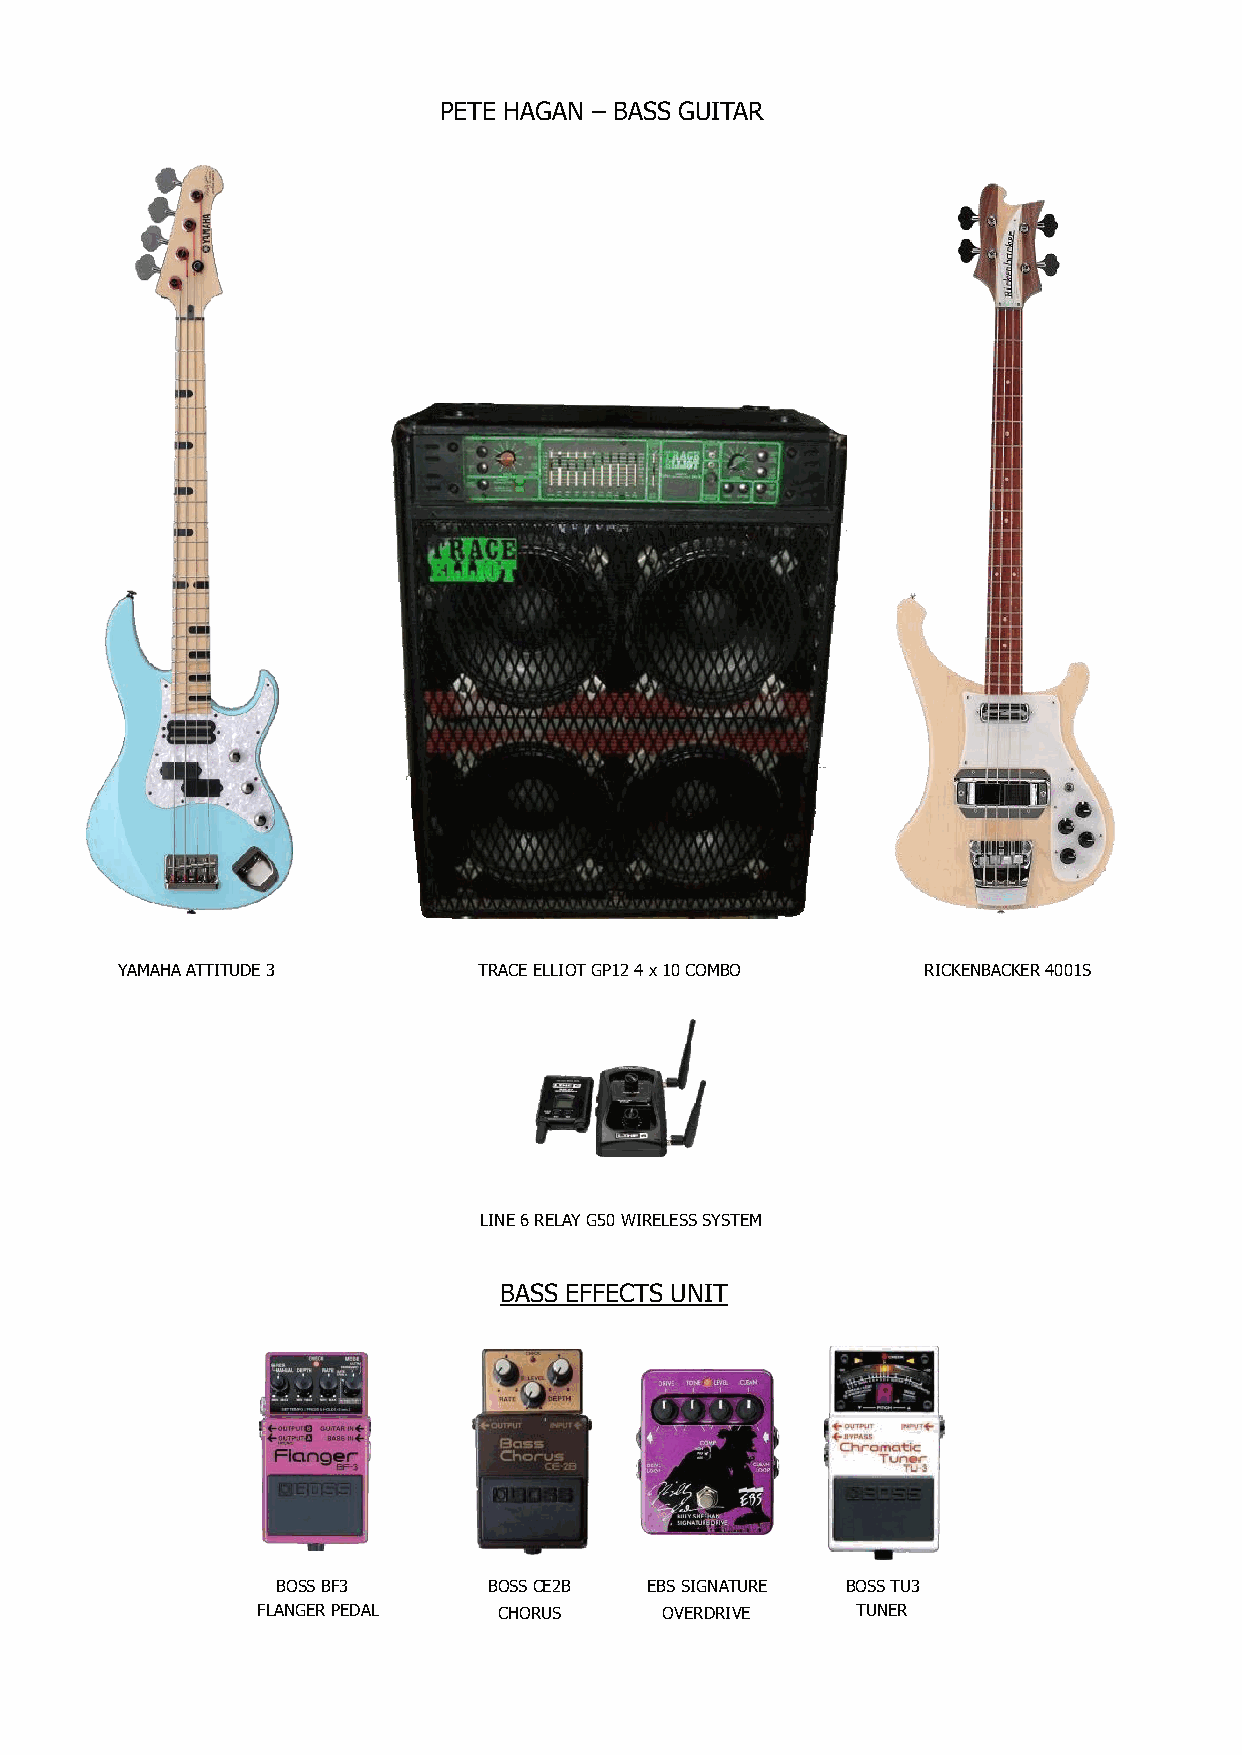
PETE HAGAN – BASS GUITAR
 YAMAHA ATTITUDE 3       TRACE ELLIOT GP12 4 x 10 COMBO RICKENBACKER 4001S
 LINE 6 RELAY G50 WIRELESS SYSTEM
 BASS EFFECTS UNIT
 BOSS BF3      BOSS CE2B  EBS SIGNATURE BOSS TU3
 FLANGER PEDAL   CHORUS     OVERDRIVE    TUNER